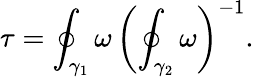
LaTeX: \tau=\oint_{\gamma_{1}}\omega\, \left(\oint_{\gamma_{2}}\omega\right)^{-1}.